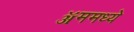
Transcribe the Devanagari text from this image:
ॲममध्ये